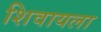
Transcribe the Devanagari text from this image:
शिवायला